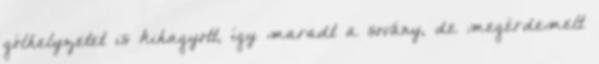
gólhelyzetet is kihagyott, így maradt a sovány, de megérdemelt